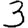
Digit: 3